Report of the King Institute of Preventive Medicine, Guindy
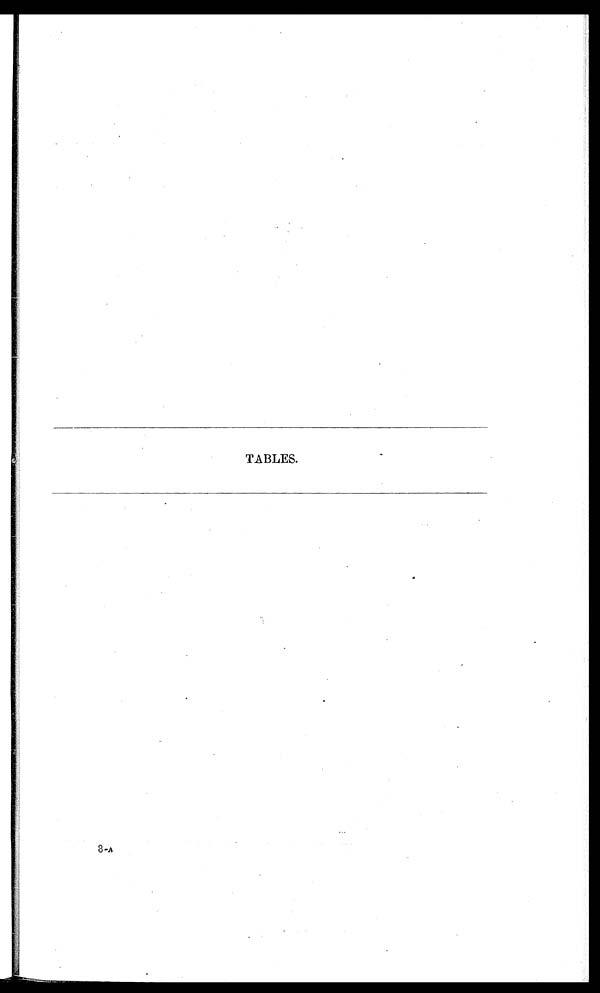
TABLES.
3–A